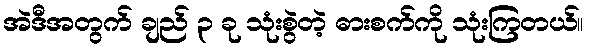
အဲဒီအတွက် ချည် ၃ ခု သုံးစွဲတဲ့ ဓားစက်ကို သုံးကြတယ်။